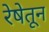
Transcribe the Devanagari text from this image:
रेषेतून